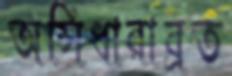
অসিধারাব্রত